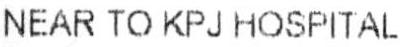
NEAR TO KPJ HOSPITAL